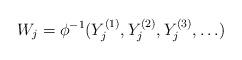
LaTeX: \begin{align*} W_j = \phi^{-1}(Y_{j}^{(1)}, Y_{j}^{(2)}, Y_{j}^{(3)}, \ldots)\end{align*}